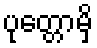
ပုတ္တောမှိ